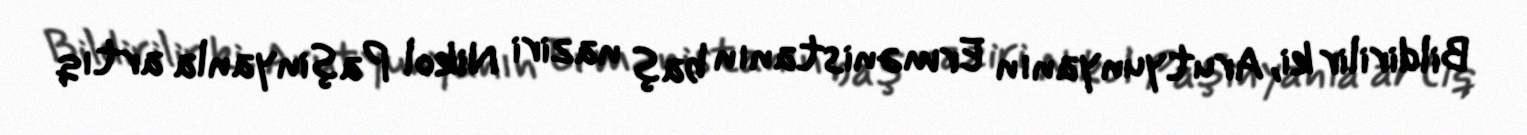
Bildirilir ki, Arutyunyanın Ermənistanın baş naziri Nikol Paşinyanla artıq